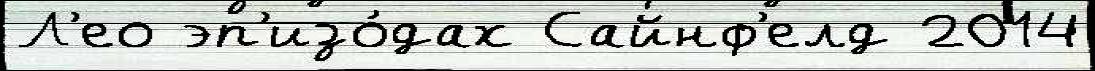
Л'ео эп'изо́дах Сайнф'елд 2014